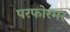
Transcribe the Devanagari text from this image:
परफोरमर